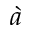
\grave { a }